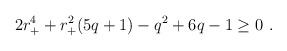
LaTeX: \begin{align*}2r_+^4+r_+^2(5q+1)-q^2+6q-1\ge 0 \ . \end{align*}